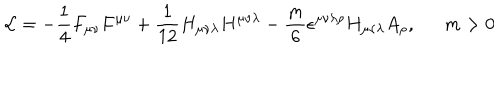
{ \cal L } = - \frac { 1 } { 4 } F _ { \mu \nu } F ^ { \mu \nu } + \frac { 1 } { 1 2 } H _ { \mu \nu \lambda } H ^ { \mu \nu \lambda } - \frac { m } { 6 } \epsilon ^ { \mu \nu \lambda \rho } H _ { \mu \nu \lambda } A _ { \rho } , m > 0